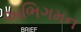
અભિગમન